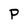
Character: P